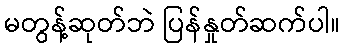
မတွန့်ဆုတ်ဘဲ ပြန်နှုတ်ဆက်ပါ။